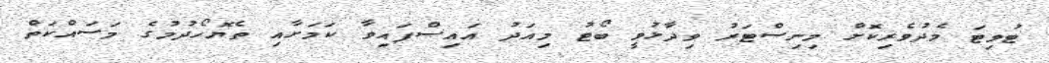
ޓުވިޓަ މެދުވެރިކޮށް މިނިސްޓަރު ވިދާޅުވީ ބޯޓު މިއަދު އައިސްފައިވާ ކަމަށާއި ތެޔޮހޯދުމުގެ މަސައްކަތް